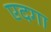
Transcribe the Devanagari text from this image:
एदगा